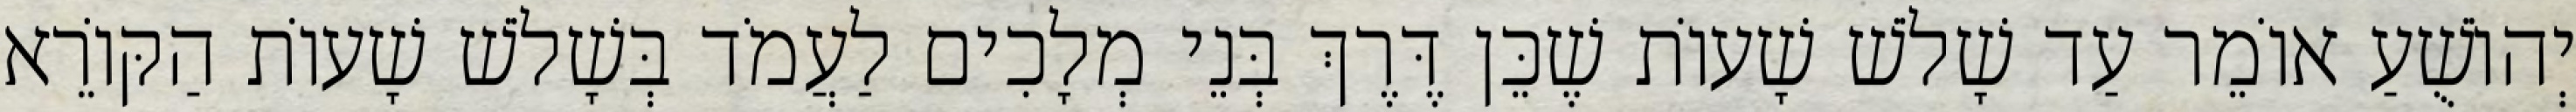
יְהוֹשֻׁעַ אוֹמֵר עַד שָׁלֹשׁ שָׁעוֹת שֶׁכֵּן דֶּרֶךְ בְּנֵי מְלָכִים לַעֲמֹד בְּשָׁלֹשׁ שָׁעוֹת הַקּוֹרֵא